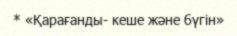
* «Қарағанды- кеше және бүгін»